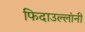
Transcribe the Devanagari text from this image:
फिदाउल्लांनी